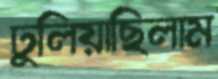
ঢুলিয়াছিলাম